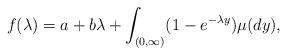
LaTeX: \begin{align*}f(\lambda)=a+b\lambda+\int_{(0,\infty)} (1-e^{-\lambda y})\mu(dy),\end{align*}